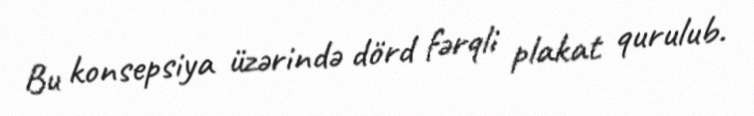
Bu konsepsiya üzərində dörd fərqli plakat qurulub.